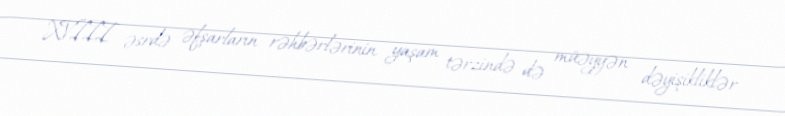
XVIII əsrdə əfşarların rəhbərlərinin yaşam tərzində də müəyyən dəyişikliklər